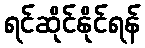
ရင်ဆိုင်နိုင်ရန်